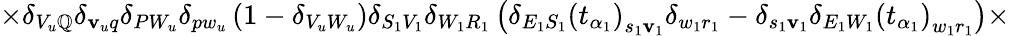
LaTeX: \times\delta_{V_{u}\mathbb{Q}}\delta_{\mathbf{v}_{u}q}\delta_{PW_{u}}\delta_{pw_{u}}\left(1-\delta_{V_{u}W_{u}}\right)\delta_{S_{1}V_{1}}\delta_{W_{1}R_{1}}\left(\delta_{E_{1}S_{1}}\left(t_{\alpha_{1}}\right)_{s_{1}\mathbf{v}_{1}}\delta_{w_{1}r_{1}}-\delta_{s_{1}\mathbf{v}_{1}}\delta_{E_{1}W_{1}}\left(t_{\alpha_{1}}\right)_{w_{1}r_{1}}\right)\times